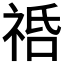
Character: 𥙱